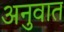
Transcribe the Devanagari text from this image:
अनुवात